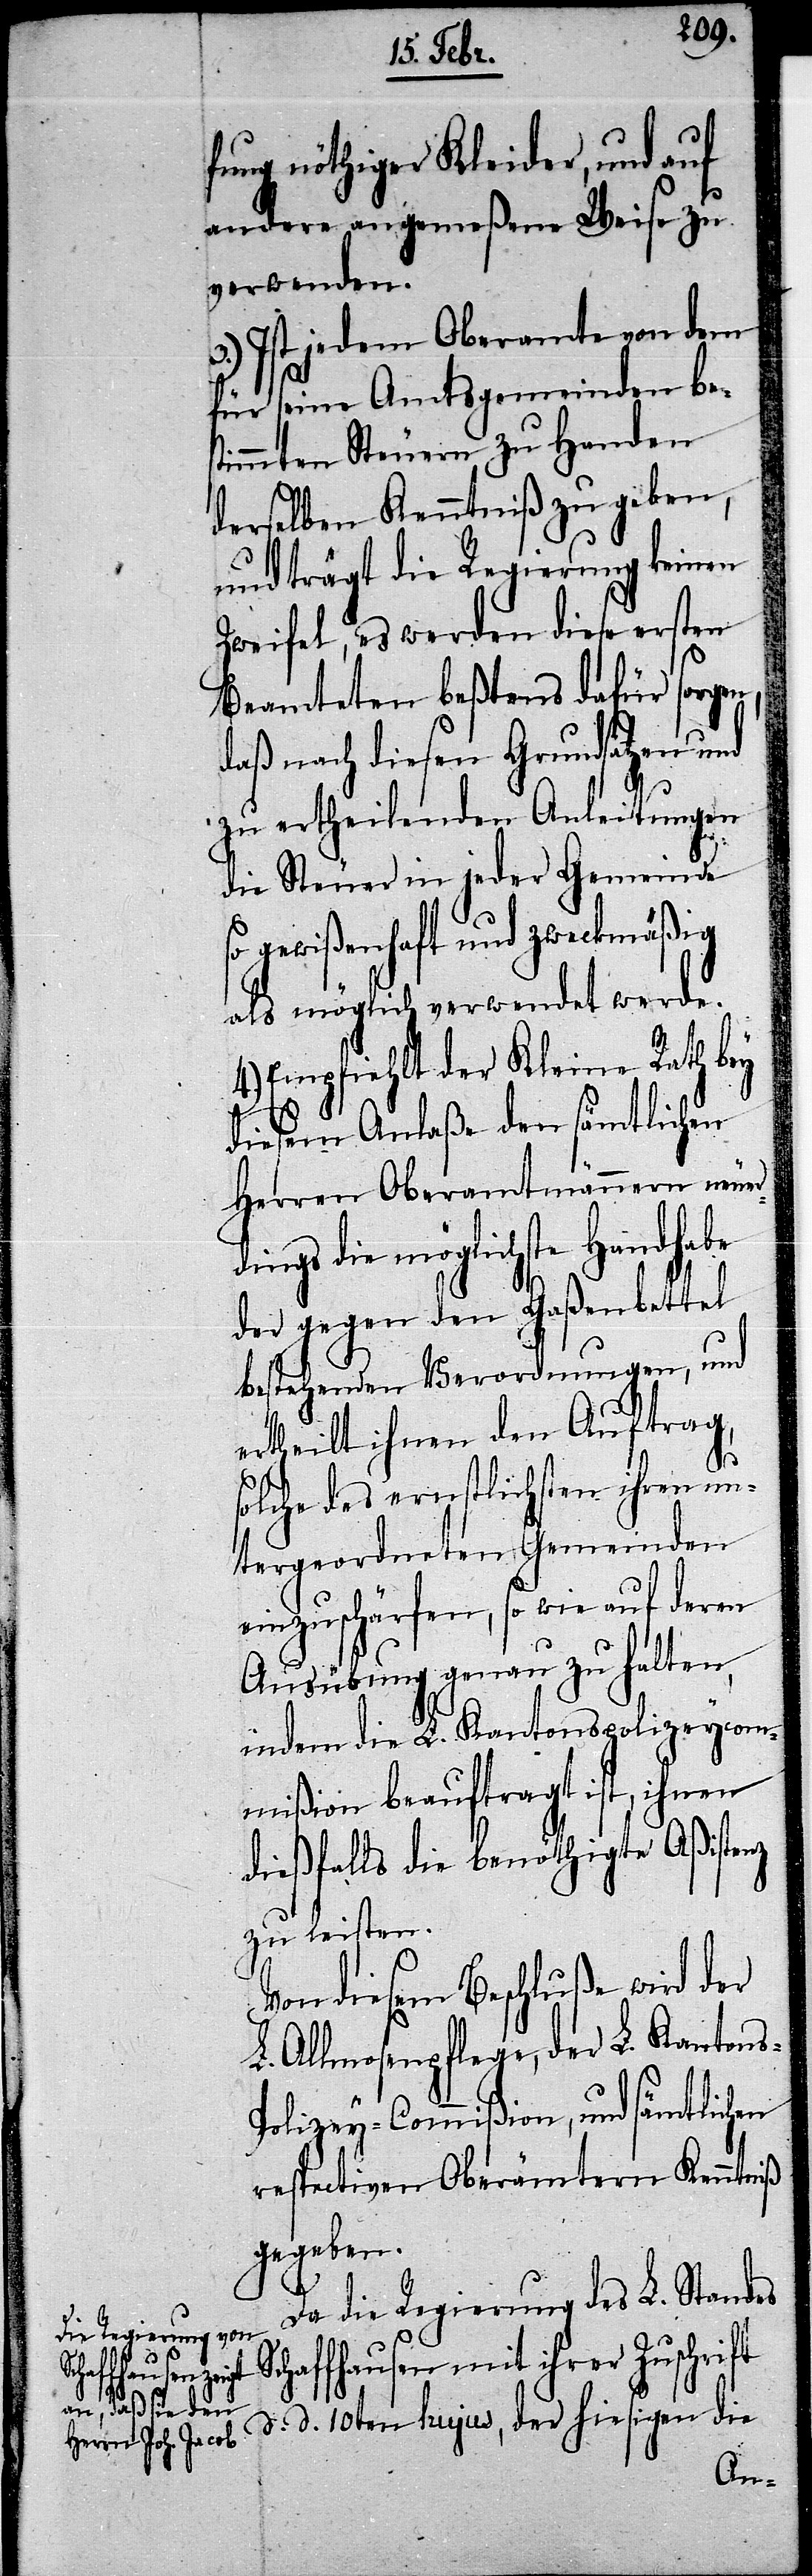
fung nöthiger Kleider, und auf
andere angemeßene Weise zu
verwenden.
3.) Ist jedem Oberamte von dem
für seine Amtsgemeinden bes¬
timmten Steuern zu Handen
derselben Kenntniß zu geben,
und trägt die Regierung keinen
Zweifel, es werden diese ersten
Beamteten beßtens dafür sorgen,
daß nach diesen Grundsätzen und
zu ertheilenden Anleitungen
die Steuer in jeder Gemeinde
gewißenhaft und zweckmäßig
als möglich verwendet werde.
4.) Empfiehlt der Kleine Rath bey
diesem Anlaße den sämtlichen
Herren Oberamtmännern neuer¬
dings die möglichste Handhabe
der gegen den Gaßenbettel
bestehenden Verordnungen, und
ertheilt ihnen den Auftrag,
solche des ernstlichsten ihren un¬
tergeordneten Gemeinden
einzuschärfen, so wie auf deren
Ausübung genau zu halten,
indem die L. Kantonspolizeycom¬
mißion beauftragt ist, ihnen
dießfalls die benöthigte Aßistenz
zu leisten.
Von diesem Beschluße wird der
L. Allmosenpflege, der L. Kantons-P¬
olizey-Commißion, und sämtlichen
respectiven Oberämtern Kenntniß
gegeben.
Da die Regierung des L. Standes
Schaffhausen mit ihrer Zuschrift
d. d. 10ten hujus, der hiesigen die